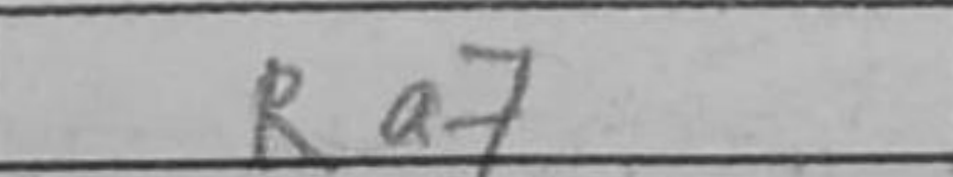
Transcription: Ra7